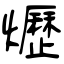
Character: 爏